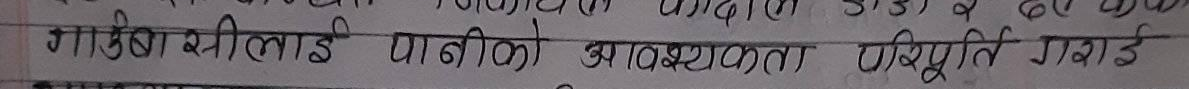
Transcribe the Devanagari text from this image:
गर्मीका खेतीलाई पानीको आवश्यकता परिपूर्ति गराई